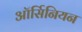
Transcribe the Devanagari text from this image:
ऑर्सिनियन